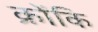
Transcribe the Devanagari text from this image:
क्रोंकि